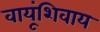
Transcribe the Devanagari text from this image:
वायूंशिवाय